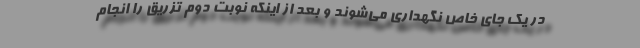
در یک جای خاص نگهداری می‌شوند و بعد از اینکه نوبت دوم تزریق را انجام